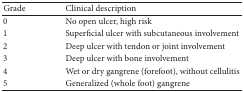
<table><thead><tr><td><b>Grade</b></td><td><b>Clinical description</b></td></tr></thead><tbody><tr><td>0</td><td>No open ulcer, high risk</td></tr><tr><td>1</td><td>Superficial ulcer with subcutaneous involvement</td></tr><tr><td>2</td><td>Deep ulcer with tendon or joint involvement</td></tr><tr><td>3</td><td>Deep ulcer with bone involvement</td></tr><tr><td>4</td><td>Wet or dry gangrene (forefoot), without cellulitis</td></tr><tr><td>5</td><td>Generalized (whole foot) gangrene</td></tr></tbody></table>